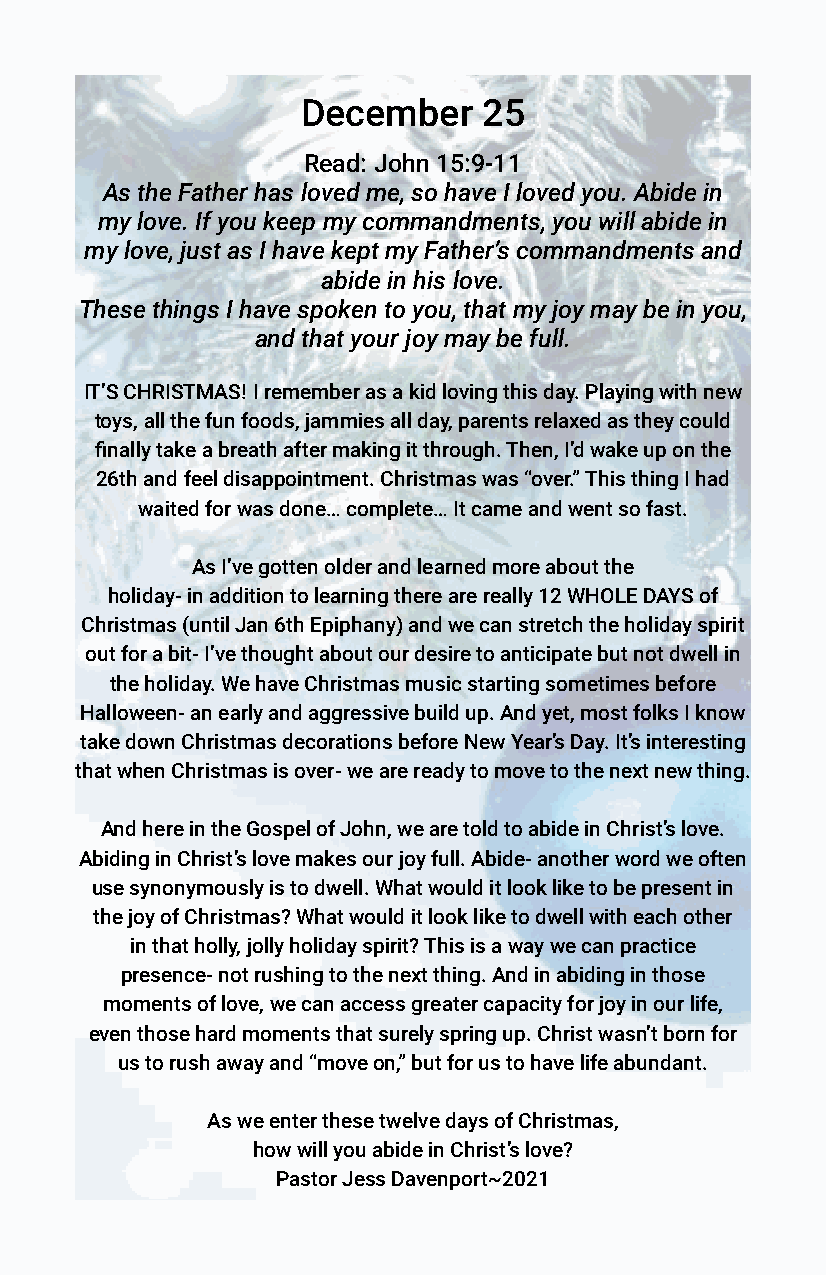
December    25
 Read: John 15:9-11
 As the Father has loved me, so have I loved you. Abide in
 my love. If you keep my commandments, you will abide in
 my love, just as I have kept my Father’s commandments and
 abide in his love.
 These things I have spoken to you, that my joy may be in you,
 and that your joy may be full.
 IT’S CHRISTMAS! I remember as a kid loving this day. Playing with new
 toys, all the fun foods, jammies all day, parents relaxed as they could
 finally take a breath after making it through. Then, I’d wake up on the
 26th and feel disappointment. Christmas was “over.” This thing I had
 waited for was done… complete… It came and went so fast.
 As I’ve gotten older and learned more about the
 holiday- in addition to learning there are really 12 WHOLE DAYS of
 Christmas (until Jan 6th Epiphany) and we can stretch the holiday spirit
 out for a bit- I’ve thought about our desire to anticipate but not dwell in
 the holiday. We have Christmas music starting sometimes before
 Halloween- an early and aggressive build up. And yet, most folks I know
 take down Christmas decorations before New Year’s Day. It’s interesting
 that when Christmas is over- we are ready to move to the next new thing.
 And here in the Gospel of John, we are told to abide in Christ’s love.
 Abiding in Christ’s love makes our joy full. Abide- another word we often
 use synonymously is to dwell. What would it look like to be present in
 the joy of Christmas? What would it look like to dwell with each other
 in that holly, jolly holiday spirit? This is a way we can practice
 presence- not rushing to the next thing. And in abiding in those
 moments of love, we can access greater capacity for joy in our life,
 even those hard moments that surely spring up. Christ wasn’t born for
 us to rush away and “move on,” but for us to have life abundant.
 As we enter these twelve days of Christmas,
 how will you abide in Christ’s love?
 Pastor Jess Davenport~2021